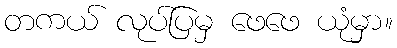
တကယ် လုပ်ပြမှ ဖေဖေ ယုံမှာ။